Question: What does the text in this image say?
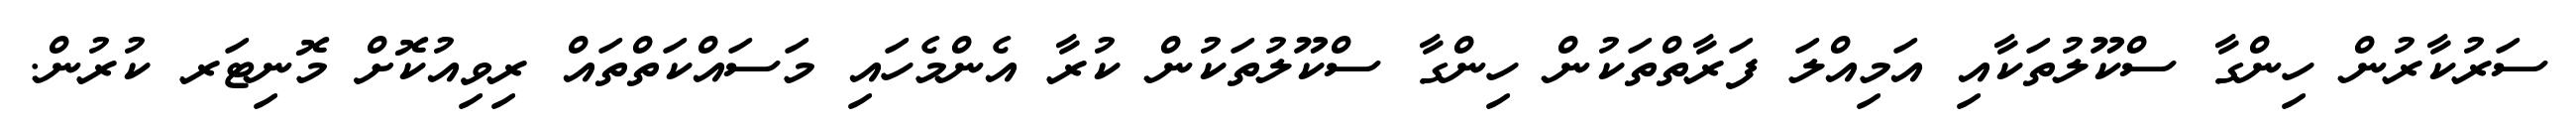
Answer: ސަރުކާރުން ހިންގާ ސްކޫލުތަކާއި އަމިއްލަ ފަރާތްތަކުން ހިންގާ ސްކޫލުތަކުން ކުރާ އެންމެހައި މަސައްކަތްތައް ރިވިއުކޮށް މޮނިޓަރ ކުރުން.